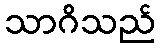
သာဂိသည်